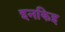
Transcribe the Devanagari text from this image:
इनकिइ